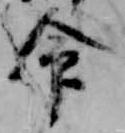
命